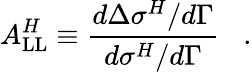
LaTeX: A_{\mathrm{LL}}^{H}\equiv\frac{d\Delta\sigma^{H}/d\Gamma}{d\sigma^{H}/d\Gamma}\; \; \; .